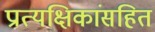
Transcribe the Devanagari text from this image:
प्रात्यक्षिकांसहित